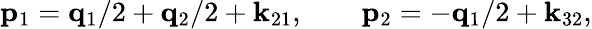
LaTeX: {\mathbf p}_{1}={\mathbf q}_{1}/2+{\mathbf q}_{2}/2+{\mathbf k}_{21},\qquad{\mathbf p}_{2}=-{\mathbf q}_{1}/2+{\mathbf k}_{32},